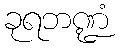
ခုရဘဏ္ဍံ